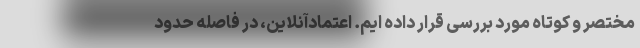
مختصر و کوتاه مورد بررسی قرار داده ایم. اعتمادآنلاین، در فاصله حدود